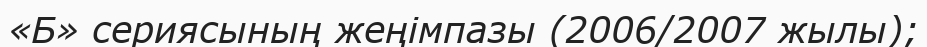
«Б» сериясының жеңімпазы (2006/2007 жылы);